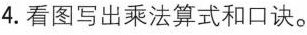
4.看图写出乘法算式和口诀。